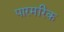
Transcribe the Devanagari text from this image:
पारमरिक